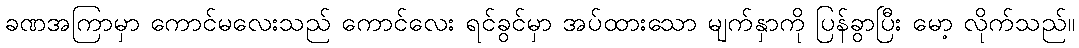
ခဏအကြာမှာ ကောင်မလေးသည် ကောင်လေး ရင်ခွင်မှာ အပ်ထားသော မျက်နှာကို ပြန်ခွာပြီး မော့ လိုက်သည်။